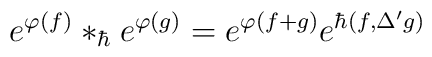
e^{\varphi(f)}*_{\hbar} e^{\varphi(g)}=e^{\varphi(f+g)}e^{\hbar(f,\Delta' g)}